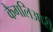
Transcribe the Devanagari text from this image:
कैगलिआरी